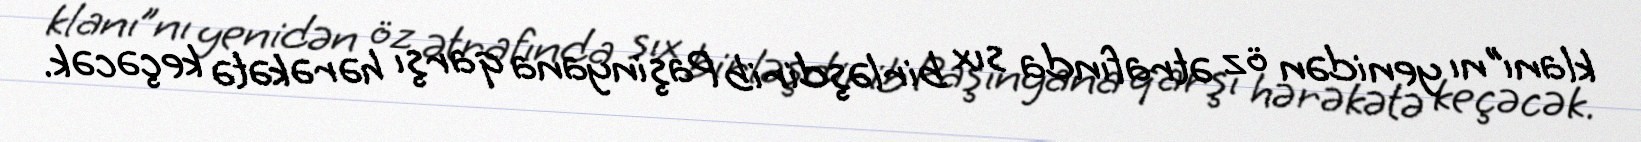
klanı”nı yenidən öz ətrafında sıx birləşdirib Paşinyana qarşı hərəkətə keçəcək.